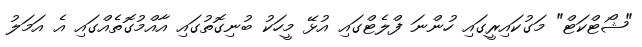
"ޝޯޓްކަޓް" މަގުކައިރީގައި ހުންނަ ފްލެޓްގައި އުޅޭ މީހަކު ބުނިގޮތުގައި އާއްމުގޮތެއްގައި އެ އަމަލު